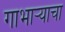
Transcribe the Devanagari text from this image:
गाभाऱ्याचा